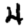
Digit: 4